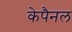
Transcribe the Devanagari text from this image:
केपैनल